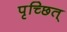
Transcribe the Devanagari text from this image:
पृच्छित्